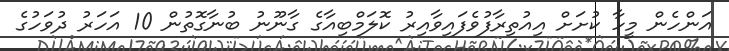
އަންހެން މީހާ ކުށަށް އިއުތިރާފުވެފައިވާއިރު ކޮލަމްބިއާގެ ގާނޫނު ބުނާގޮތުން 10 އަހަރު ދުވަހުގެ